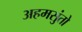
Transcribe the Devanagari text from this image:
अहमसुंतो